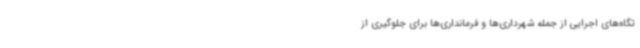
تگاه‌های اجرایی از جمله شهرداری‌ها و فرمانداری‌ها برای جلوگیری از